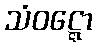
သံဝဋ္ဋော